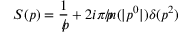
S ( p ) = { \frac { 1 } { p \! \! \! \slash } } + 2 i \pi p \! \! \! \slash n ( | p ^ { 0 } | ) \delta ( p ^ { 2 } )